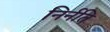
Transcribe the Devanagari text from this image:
निर्नति